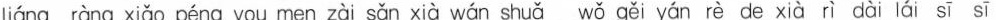
liáng ràng xiǎo péng you men zài sǎn xià wán shuǎ wǒ gěi yán rè de xià rì dài lái sī sī